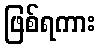
ဖြစ်ရကား